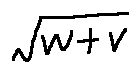
\sqrt { w + v }